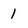
Character: 1